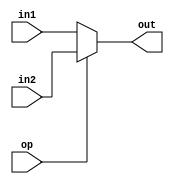
module mux(in1, in2, out, op);

input [31:0] in1;
input [31:0] in2;
input op;

output [31:0] out;

assign out = (op == 0) ? in1 : in2;

endmodule